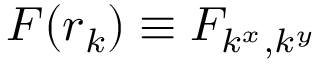
F ( \boldsymbol { r } _ { k } ) \equiv F _ { k ^ { x } , k ^ { y } }